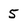
Character: 5